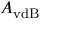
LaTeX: A _ { \mathrm { v d B } }